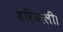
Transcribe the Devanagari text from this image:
हरियाली।